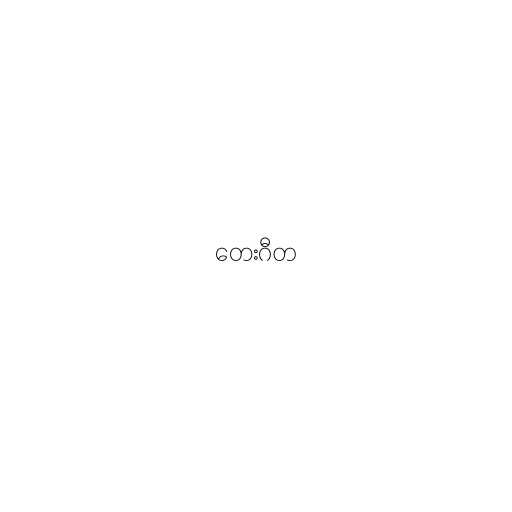
တေးဂီတ